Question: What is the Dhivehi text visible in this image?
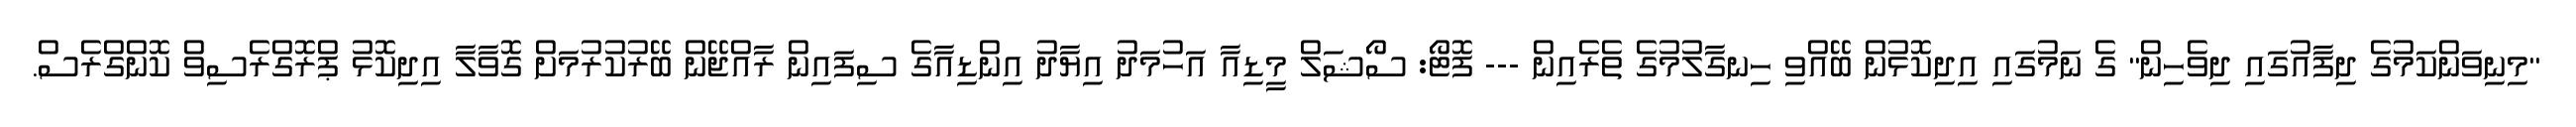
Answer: "މިނިވަންކަމުގެ ދިފާއުގައި ދިވެހިން" ގެ ނަމުގައި އިދިކޮޅުން ބޭއްވި ހިނގާލުމުގެ ތެރެއިން --- ފޮޓޯ: ސޯޝަލް މީޑިއާ އަހުމަދު އިޔާދު އިންޑިއާގެ ސިފައިން ރާއްޖޭން ބޭރުކުރުމަށް ގޮވާލާ އިދިކޮޅު ޕްރޮގްރެސިވް ކޮންގްރެސް.